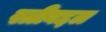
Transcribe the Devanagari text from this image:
स्त्रीबद्दल